Annual report on the working of the mental hospitals in the Madras Presidency - 1912-1932
Year: 1912
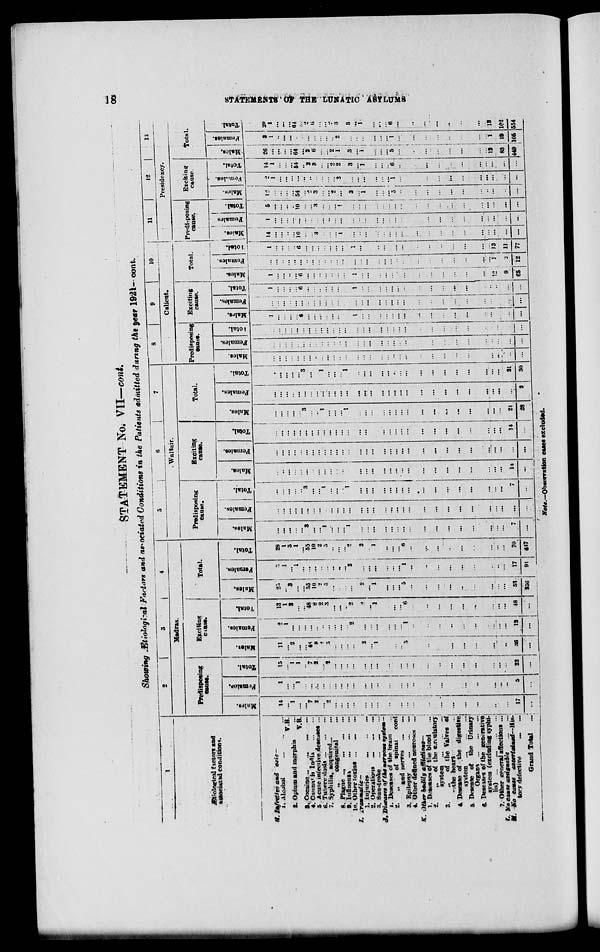
18
STATEMENTS
OF
THE
LUNATIC
ASYLUMS
STATEMENT No. VII—cont.
Showing Ætilogical Factors and associated Conditions in the Patients admitted during the year 1921—cont.
1
Ætiological factors and
associated conditions.
H. Infecives and toxic—
1.
Alcohol
...
...
...
V.B.
2. Opium and morphia ...
V.B.
3. Cocaine ... ... ... ...
4.
Cannabis
India ... ...
5. Acute infective deseases ...
6. Tuberculosis ... ... ...
7. Syphilis, acquired ... ...
„ congenital ...
8. Plague ... ... ...
9. Influence ... ... ...
10. Other toxins ... ...
I. Traumatic—
1.
Injuries
...
...
...
2.
Operations ... ... ...
3. Sanstroke
...
...
J. Diseases of the nervous systems—
1. Deseases of the brain ...
2.
„
of spinal
cord
and nerves ...
3.
Epilepsy
...
...
...
4. Other defined neuroses ...
K. Other bodily affictons—
1. Deseases of the blood ...
2.
„
of the circulatory
system
...
...
...
3.
„
of the Valves of
the
heart
...
4. Desease of the digestive
system ... ... ...
5. Desease of the Urinary
Organs ...
...
...
6. Deseases of the generative
system (excluding syphi¬
lis) ...
...
...
7. Other general affections ...
L. No cause assignable ... ...
M. No
causes
ascertained—His¬
tory defective ... ...
Grand Total ...
2
3
4
Madras.
Predisposing
cause.
Males.
14
...
1
...
...
7
2
...
2
...
...
...
...
...
...
...
..
...
...
...
..
...
...
...
...
...
...
17
...
Females.
1
...
...
1
...
...
..
...
...
...
...
...
...
...
...
...
...
...
...
...
...
...
...
...
...
...
...
...
5
...
Total.
15
...
1
1
..
7
2
...
2
...
...
...
...
...
...
...
...
... ...
...
...
...
...
...
...
...
...
...
22
...
Exciting
cause.
Males.
11
...
2
...
...
48
8
2
3
...
...
...
...
2
...
1
...
...
... 5
...
...
...
...
...
...
...
...
...
36
...
Female.
2
1
...
...
...
...
...
...
...
...
...
...
2
...
...
...
...
...
...
1
...
...
...
...
...
...
...
...
...
12
...
Total.
13
1
2
...
...
48
8
2
3
...
...
...
2
2
...
1
...
...
... 6
...
...
...
...
...
...
...
...
...
48
...
Total.
Males.
25
...
3
...
...
55
10
2
5
...
...
...
...
2
...
1
...
...
...
5
...
...
...
...
...
...
...
...
...
53
356
Females.
3
1
...
1
...
...
...
...
...
...
...
...
2
...
...
...
...
...
...
1
...
...
...
...
...
...
...
...
...
17
91
Total.
28
1
3
1
...
55
10
2
5
...
...
...
2
2
...
1
...
...
...
6
...
...
...
...
...
...
...
...
...
70
447
5
6
7
Waltair.
Predisposing
cause.
Males.
...
...
...
...
...
3
...
...
1
...
...
...
1
...
...
...
...
...
...
...
...
...
...
...
...
...
...
...
...
7
...
Females.
...
...
...
...
...
...
...
...
...
...
...
...
...
...
...
...
...
...
...
...
...
...
...
...
...
...
...
...
...
...
...
Total.
...
...
...
...
..
3
...
...
1
...
...
...
1
...
...
...
...
...
...
...
...
...
...
...
...
...
...
...
...
7
...
Exciting
cause.
Males.
...
...
...
...
...
...
...
...
...
...
...
...
...
...
...
...
...
...
...
...
...
...
...
...
...
...
...
...
...
14
...
Females.
...
...
...
...
...
...
...
...
...
...
...
...
...
...
...
...
...
...
...
...
...
...
...
...
...
...
...
...
...
...
...
Total.
...
...
...
...
...
...
...
...
...
...
7 ...
...
...
...
...
...
...
...
...
...
...
...
...
...
...
...
...
...
14
...
Total.
Males.
...
...
...
...
...
3
...
...
1
...
...
...
1
...
...
...
...
...
...
...
...
...
...
...
...
...
...
...
...
21
28
Females.
...
...
...
...
...
...
...
...
...
...
...
...
...
...
...
...
...
...
...
...
...
...
...
...
...
...
...
...
...
...
2
Total.
...
...
...
...
...
3
...
...
1
...
...
...
1
...
...
...
...
...
...
...
...
...
...
...
...
...
...
...
...
21
30
8
9
10
Calicut.
Predisposing
cause.
Males.
...
...
...
...
...
...
...
...
...
...
...
...
...
...
...
...
...
...
...
...
...
...
...
...
...
...
...
...
...
...
...
Females.
...
...
...
...
...
...
...
...
...
...
...
...
...
...
...
...
...
...
...
...
...
...
...
...
...
...
...
...
...
...
...
Total.
...
...
...
...
...
...
...
...
...
...
...
...
...
...
...
...
...
...
...
...
...
...
...
...
...
...
...
...
...
...
...
Exciting
cause.
Males.
1
...
...
...
...
6
...
...
...
...
...
...
...
1
...
...
...
...
...
...
...
...
...
...
...
...
...
...
...
...
...
Females.
...
...
...
...
...
...
...
...
...
...
...
...
...
...
...
...
...
...
...
...
...
...
...
...
...
...
...
...
...
...
...
Total.
1
...
...
...
...
6
...
...
...
...
...
...
...
1
...
...
...
...
...
...
...
...
...
...
...
...
...
..
...
...
...
Total.
Males.
1
...
...
...
...
6
...
...
...
...
...
...
...
1
...
...
...
...
...
...
...
...
...
...
...
...
...
...
12
9
65
Females.
...
...
...
...
...
...
...
...
...
...
...
...
...
...
...
...
...
...
...
...
...
...
...
...
...
...
...
...
1
2
12
Total.
1
...
...
...
..
6
...
...
...
...
...
...
...
1
...
...
...
...
...
...
...
...
...
...
...
...
...
...
13
11
77
11
12
13
Presidency.
Predisposing
cause.
Males.
14
...
...
...
...
10
...
...
3
...
...
...
1
...
..
...
...
...
... ...
...
...
...
...
...
...
...
...
...
...
...
Females
1
...
...
...
...
...
...
...
...
...
...
...
...
...
..
...
...
...
...
...
...
...
...
...
...
...
...
...
...
...
...
Total.
15
...
...
...
...
10
...
...
3
...
...
... 1
...
...
...
...
...
...
...
...
...
...
...
...
...
...
...
...
...
...
Exciting
cause.
Males.
12
...
...
...
...
54
...
2
3
...
...
...
...
3
...
1
...
...
...
5
...
...
...
...
...
...
...
...
...
..
...
Females.
2
1
...
...
...
...
...
...
...
...
...
...
3
...
...
...
...
...
...
1
...
...
...
...
...
...
...
...
...
...
...
Total.
14
1
...
...
...
54
...
2
3
...
...
...
2
3
...
1
...
... ...
6
...
...
...
...
...
...
...
...
...
...
...
Total.
Males.
26
...
...
...
...
64
...
2
6
...
... ...
1
3
...
1
...
...
...
5
...
...
...
...
...
...
...
...
12
83
449
Females.
3
1
..
...
...
...
...
...
...
...
...
...
2
...
...
...
...
...
...
1
...
...
...
...
...
...
...
...
1
19
105
Total.
29
1
...
...
...
64
...
2
6
...
...
...
3
3
...
1
...
...
...
6
...
..
...
...
...
...
...
...
13
102
554
Note.—Observation cases excluded.